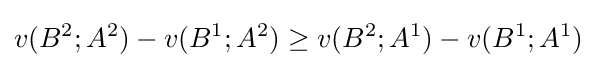
v(B^{2};A^{2})-v(B^{1};A^{2})\geq v(B^{2};A^{1})-v(B^{1};A^{1})